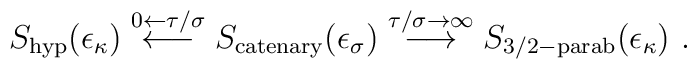
S_{\rm hyp}(\epsilon _{\kappa}) \stackrel{0\leftarrow \tau/\sigma}{\longleftarrow} S_{\rm catenary}(\epsilon _{\sigma})\stackrel{\tau/\sigma\rightarrow \infty} {\longrightarrow}S_{\rm 3/2-parab}(\epsilon _{\kappa})~.